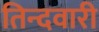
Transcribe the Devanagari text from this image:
तिन्‍दवारी